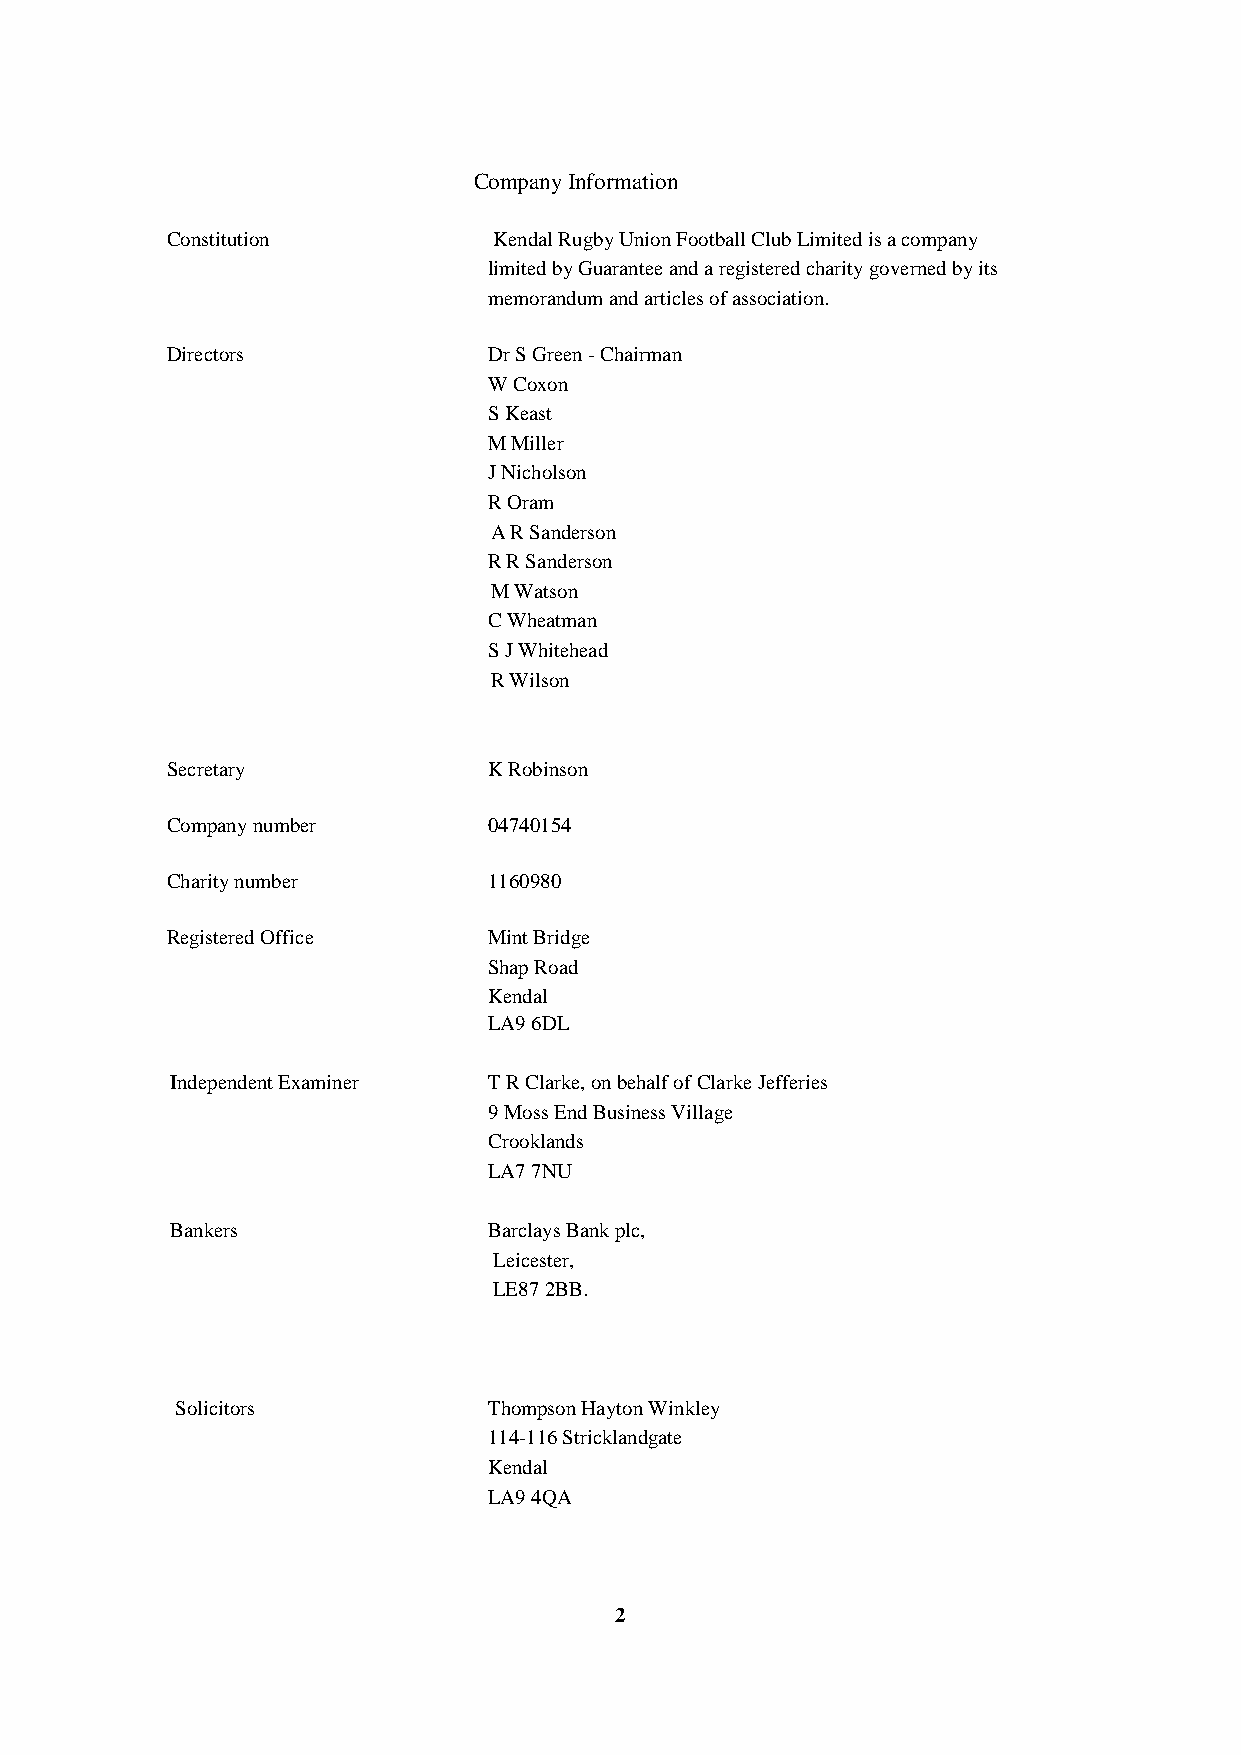
Company Information
 Constitution          Kendal Rugby Union Football Club Limited is a company
 limited by Guarantee and a registered charity governed by its
 memorandum and articles of association.
 Directors            Dr S Green - Chairman
 W Coxon
 S Keast
 M Miller
 J Nicholson
 R Oram
 A R Sanderson
 R R Sanderson
 M Watson
 C Wheatman
 S J Whitehead
 R Wilson
 Secretary            K Robinson
 Company number       04740154
 Charity number       1160980
 Registered Office    Mint Bridge
 Shap Road
 Kendal
 LA9 6DL
 Independent Examiner T R Clarke, on behalf of Clarke Jefferies
 9 Moss End Business Village
 Crooklands
 LA7 7NU
 Bankers              Barclays Bank plc,
 Leicester,
 LE87 2BB.
 Solicitors          Thompson Hayton Winkley
 114-116 Stricklandgate
 Kendal
 LA9 4QA
 2